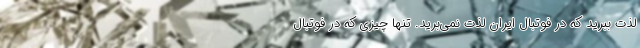
لذت ببرید که در فوتبال ایران لذت نمی‌برید. تنها چیزی که در فوتبال